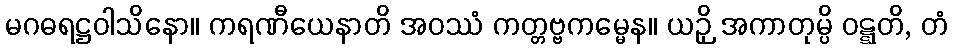
မဂဓရဋ္ဌဝါသိနော။ ကရဏီယေနာတိ အဝဿံ ကတ္တဗ္ဗကမ္မေန။ ယဉှိ အကာတုမ္ပိ ဝဋ္ဋတိ, တံ